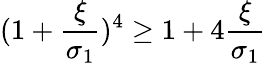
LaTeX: {(1+\frac{\xi}{\sigma_{1}})^{4}\geq 1+4\frac{\xi}{\sigma_{1}}}